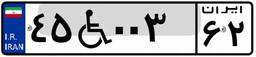
۴۵W۰۰۳۶۲